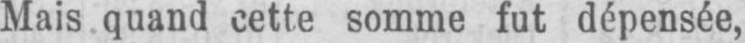
Mais quand cette somme fut dépensée,